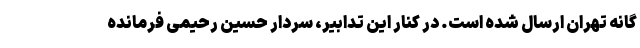
گانه تهران ارسال شده است. در کنار این تدابیر، سردار حسین رحیمی فرمانده